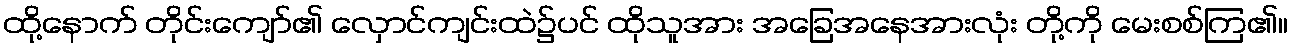
ထို့နောက် တိုင်းကျော်၏ လှောင်ကျင်းထဲ၌ပင် ထိုသူအား အခြေအနေအားလုံး တို့ကို မေးစစ်ကြ၏။